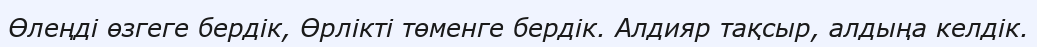
Өлеңді өзгеге бердік, Өрлікті төменге бердік. Алдияр тақсыр, алдыңа келдік.